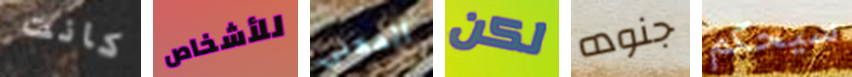
كانت للأشخاص المعنى لكن جنوده سيحكم